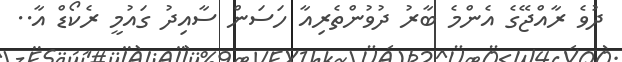
ދުވެ ރާއްޖޭގެ އެންމެ ބާރު ދުވުންތެރިއާ ހަސަން ސާއިދު ގައުމީ ރެކޯޑް އާ..